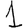
Digit: 1